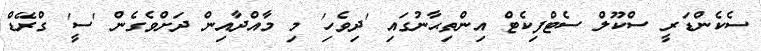
ސެކެންޑަރީ ސްކޫލް ސެޓްފިކެޓް އިންތިޙާނުގައި 'ދިވެހި' މި މާއްދާއިން ދަށްވެގެން 'ސީ' ގްރޭޑް